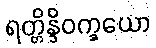
ရတ္တိန္ဒိဝက္ခယော